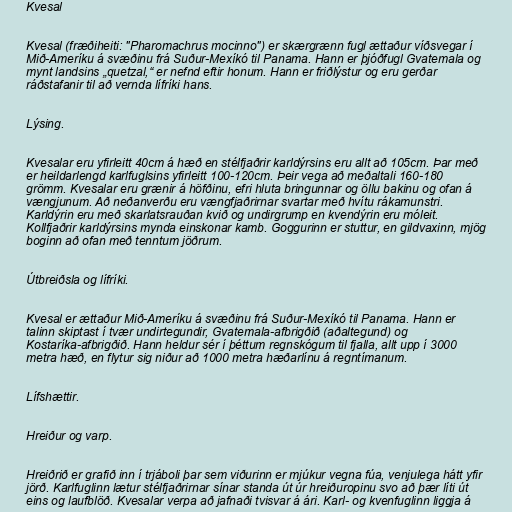
Kvesal

Kvesal (fræðiheiti: "Pharomachrus mocinno") er skærgrænn fugl ættaður víðsvegar í
Mið-Ameríku á svæðinu frá Suður-Mexíkó til Panama. Hann er þjóðfugl Gvatemala og
mynt landsins „quetzal,“ er nefnd eftir honum. Hann er friðlýstur og eru gerðar
ráðstafanir til að vernda lífríki hans.

Lýsing.

Kvesalar eru yfirleitt 40cm á hæð en stélfjaðrir karldýrsins eru allt að 105cm. Þar með
er heildarlengd karlfuglsins yfirleitt 100-120cm. Þeir vega að meðaltali 160-180
grömm. Kvesalar eru grænir á höfðinu, efri hluta bringunnar og öllu bakinu og ofan á
vængjunum. Að neðanverðu eru vængfjaðrirnar svartar með hvítu rákamunstri.
Karldýrin eru með skarlatsrauðan kvið og undirgrump en kvendýrin eru móleit.
Kollfjaðrir karldýrsins mynda einskonar kamb. Goggurinn er stuttur, en gildvaxinn, mjög
boginn að ofan með tenntum jöðrum.

Útbreiðsla og lífríki.

Kvesal er ættaður Mið-Ameríku á svæðinu frá Suður-Mexíkó til Panama. Hann er
talinn skiptast í tvær undirtegundir, Gvatemala-afbrigðið (aðaltegund) og
Kostaríka-afbrigðið. Hann heldur sér í þéttum regnskógum til fjalla, allt upp í 3000
metra hæð, en flytur sig niður að 1000 metra hæðarlínu á regntímanum.

Lífshættir.

Hreiður og varp.

Hreiðrið er grafið inn í trjáboli þar sem viðurinn er mjúkur vegna fúa, venjulega hátt yfir
jörð. Karlfuglinn lætur stélfjaðrirnar sínar standa út úr hreiðuropinu svo að þær líti út
eins og laufblöð. Kvesalar verpa að jafnaði tvisvar á ári. Karl- og kvenfuglinn liggja á